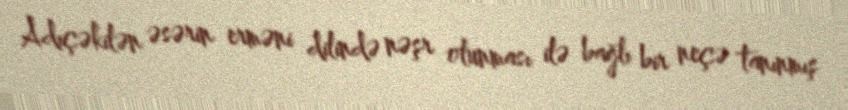
Adıçəkilən əsərin erməni dilində nəşr olunması ilə bağlı bir neçə tanınmış